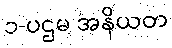
၁-ပဌမ အနိယတ